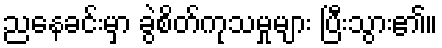
ညနေခင်းမှာ ခွဲစိတ်ကုသမှုများ ပြီးသွား၏။